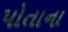
પોતાના